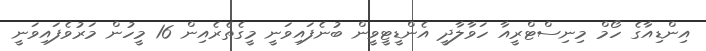
އިންޑިއާގެ ހޯމް މިނިސްޓްރީއާ ހަވާލާދީ އެންޑީޓީވީން ބުނެފައިވަނީ މީގެތެރެއިން 16 މީހުން މަރުވެފައިވަނީ